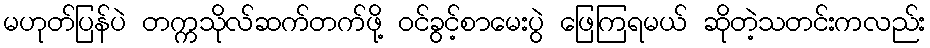
မဟုတ်ပြန်ပဲ တက္ကသိုလ်ဆက်တက်ဖို့ ဝင်ခွင့်စာမေးပွဲ ဖြေကြရမယ် ဆိုတဲ့သတင်းကလည်း